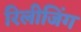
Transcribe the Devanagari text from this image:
रिलीजिंग